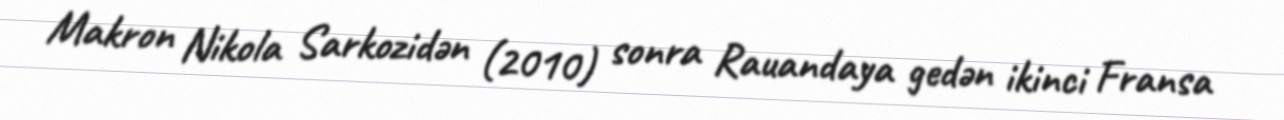
Makron Nikola Sarkozidən (2010) sonra Rauandaya gedən ikinci Fransa